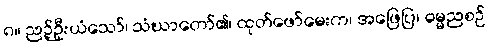
၈။ ညဉ့်ဦးယံသော်၊ သံဃာတော်၏၊ ထုတ်ဖော်မေးက၊ အဖြေပြ၊ ဓမ္မညစဉ်